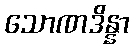
သောဏဒိန္နာ